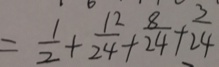
= \frac { 1 } { 2 } + \frac { 1 2 } { 2 4 } + \frac { 8 } { 2 4 } + \frac { 3 } { 2 4 }